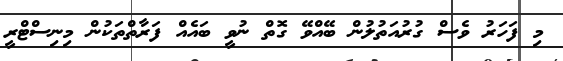
މި ފަހަރު ވެސް ގުރުއަތުލުން ބޭއްވޭ ގޮތް ނުވީ ބައެއް ފަރާތްތަކުން މިނިސްޓްރީ